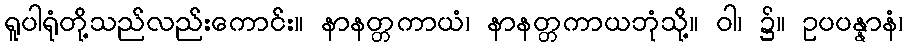
ရူပါရုံတို့သည်လည်းကောင်း။ နာနတ္တကာယံ၊ နာနတ္တကာယဘုံသို့။ ဝါ၊ ၌။ ဥပပန္နာနံ၊